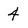
Character: 4